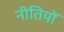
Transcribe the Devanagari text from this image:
नीतियोँ